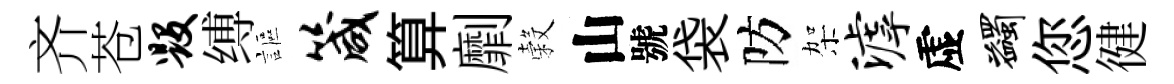
齐苍毁缚謳箴算劘穀山號袋防架滹虚蠲您徤